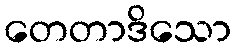
တေတာဒိသော